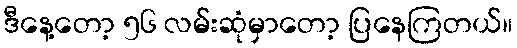
ဒီနေ့တော့ ၅၆ လမ်းဆုံမှာတော့ ပြနေကြတယ်။